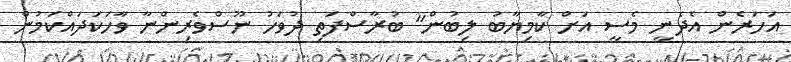
އަހަރެން އެދެނީ މެސީ އަށް ކާމިޔާބު ލިބުން" ބުރާސްފަތި ދުވަހު ނޫސްވެރިންނާ ވާހަކަދައްކަމުން